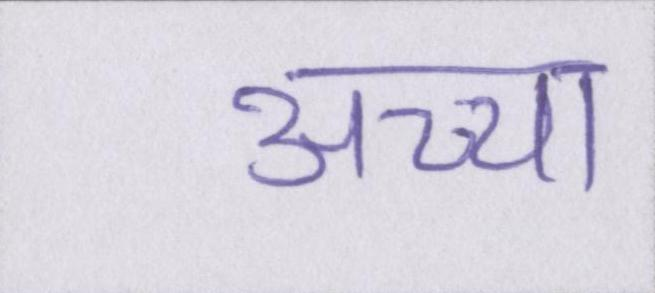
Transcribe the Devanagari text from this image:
अच्चा